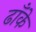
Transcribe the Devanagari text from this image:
ढाँके